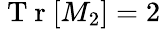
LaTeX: \mathrm{~T~r~}[M_{2}]=2